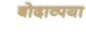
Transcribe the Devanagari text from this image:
बोदाव्पया